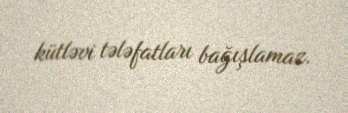
kütləvi tələfatları bağışlamaz.